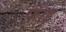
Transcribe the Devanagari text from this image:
फ़ाइ